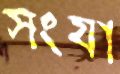
সংযা